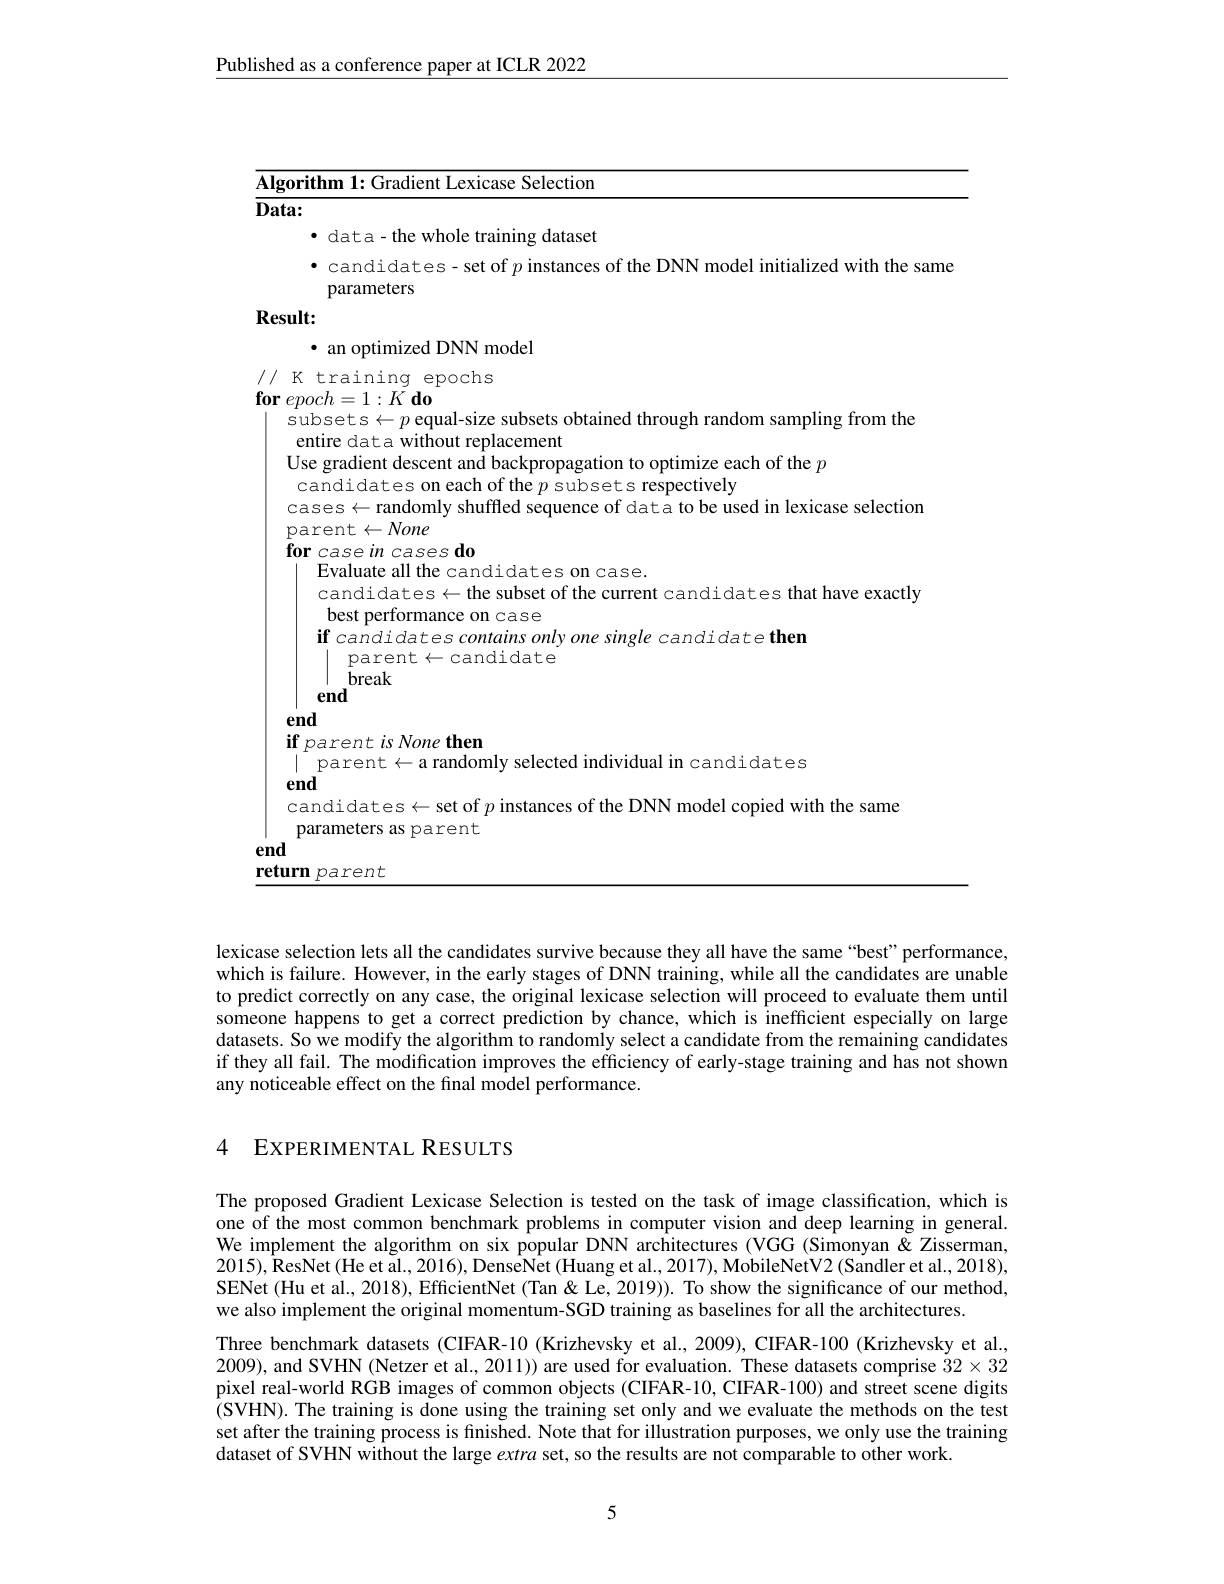
Published as a conference paper at ICLR 2022

<table>
	<tbody>
		<tr>
			<td>ithm 1: Gradient ${\mathrm{t~Lexicase~Selection}}$</td>
		</tr>
		<tr>
			<td> </td>
		</tr>
		<tr>
			<td>, data- the whole training dataset</td>
		</tr>
		<tr>
			<td>parameters</td>
		</tr>
		<tr>
			<td>$\mathbf{t}:$</td>
		</tr>
		<tr>
			<td>an oprimized ${\mathrm{DNN~model}}$</td>
		</tr>
		<tr>
			<td>ubsets$\leftarrow p$ equal-size subsets obtained through random sampling from the</td>
		</tr>
		<tr>
			<td>${\mathrm{entire~data~without~replacement}}$ se gradient descent and backpropagation to optimize each of the $p$</td>
		</tr>
		<tr>
			<td>candidates on eac the $p$ subsets respectivelv</td>
		</tr>
		<tr>
			<td>Evaluate all the candidates on case. candidates$\leftarrow$the subset of the current candidates that have exactly best performance on case</td>
		</tr>
		<tr>
			<td>best pertormance on case if candidates contains only one single candidate then parent$\leftarrow$candidate break end</td>
		</tr>
		<tr>
			<td>parent $\iota s\textit{None men}$ parent$\leftarrow$a randomly selected individual in candidates $1d$</td>
		</tr>
		<tr>
			<td>andidates$\leftarrow$set of $p$ instances of the DNN model copied with the same oarameters as parent</td>
		</tr>
		<tr>
			<td>parent</td>
		</tr>
	</tbody>
</table>

lexicase selection lets all the candidates survive because they all have the same “best”performance, which is failure. However, in the early stages of DNN training, while all the candidates are unable to predict correctly on any case, the original lexicase selection will proceed to evaluate them until someone happens to get a correct prediction by chance, which is inefficient especially on large datasets. So we modify the algorithm to randomly select a candidate from the remaining candidates if they all fail. The modification improves the efficiency of early-stage training and has not shown any noticeable effect on the final model performance.

## 4 EXPERIMENTAL RESULTS

The proposed Gradient Lexicase Selection is tested on the task of image classification, which is one of the most common benchmark problems in computer vision and deep learning in general. We implement the algorithm on six popular DNN architectures (VGG (Simonyan &Zisserman, $2015),\hat{\text{ResNet(He et al., 2016), }}$DenseNet (Huang et al., 2017), MobileNetV2 (Sandler et al., 2018), SENet (Hu et al., 2018), EfficientNet (Tan &Le, 2019)). To show the significance of our method, we also implement the original momentum-SGD training as baselines for all the architectures.
Three benchmark datasets (CIFAR-10 (Krizhevsky et al., 2009), CIFAR-100 (Krizhevsky et al., 2009), and SVHN (Netzer et al., 2011)) are used for evaluation. These datasets comprise $32\times32$ pixel real-world RGB images of common objects (CIFAR-10, CIFAR-100) and street scene digits (SVHN). The training is done using the training set only and we evaluate the methods on the test set after the training process is finished. Note that for illustration purposes, we only use the training dataset of SVHN without the large extra set, so the results are not comparable to other work.

5